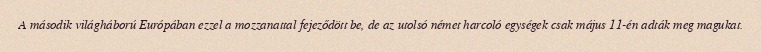
A második világháború Európában ezzel a mozzanattal fejeződött be, de az utolsó német harcoló egységek csak május 11-én adták meg magukat.